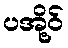
ပအို့ဝ်